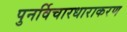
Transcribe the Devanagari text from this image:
पुनर्विचारधाराकरण